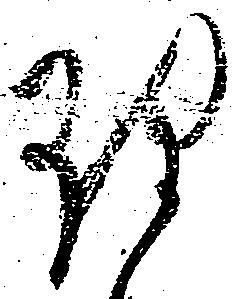
理